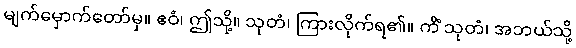
မျက်မှောက်တော်မှ။ ဧဝံ၊ ဤသို့။ သုတံ၊ ကြားလိုက်ရ၏။ ကိံ သုတံ၊ အဘယ်သို့